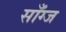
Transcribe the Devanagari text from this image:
साँग्ज